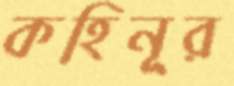
কহিনূর